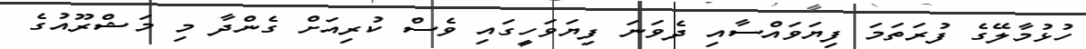
ހުޅުމާލޭގެ ފުރަތަމަ ފިޔަވައްސާއި ދެވަނަ ފިޔަވަހީގައި ވެސް ކުރިއަށް ގެންދާ މި މަޝްރޫއުގެ